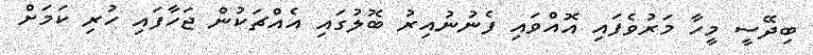
ބިދޭސީ މީހާ މަރުވެފައި އޮއްވައި ފެނުނުއިރު ބޮލުގައި އެއްޗަކުން ޖަހާފައި ހުރި ކަމަށް